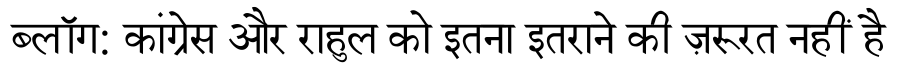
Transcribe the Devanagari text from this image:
ब्लॉग: कांग्रेस और राहुल को इतना इतराने की ज़रूरत नहीं है